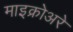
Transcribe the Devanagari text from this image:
माइक्रोअरे